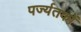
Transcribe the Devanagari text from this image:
पर्ज्यतकों